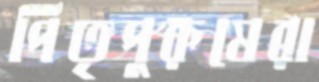
পিতৃপুরুষেরা